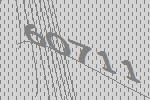
60711